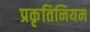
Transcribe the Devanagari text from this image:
प्रकृतिनियम